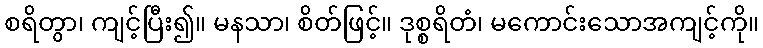
စရိတွာ၊ ကျင့်ပြီး၍။ မနသာ၊ စိတ်ဖြင့်။ ဒုစ္စရိတံ၊ မကောင်းသောအကျင့်ကို။